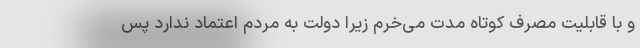
و با قابلیت مصرف کوتاه مدت می‌خرم زیرا دولت به مردم اعتماد ندارد پس